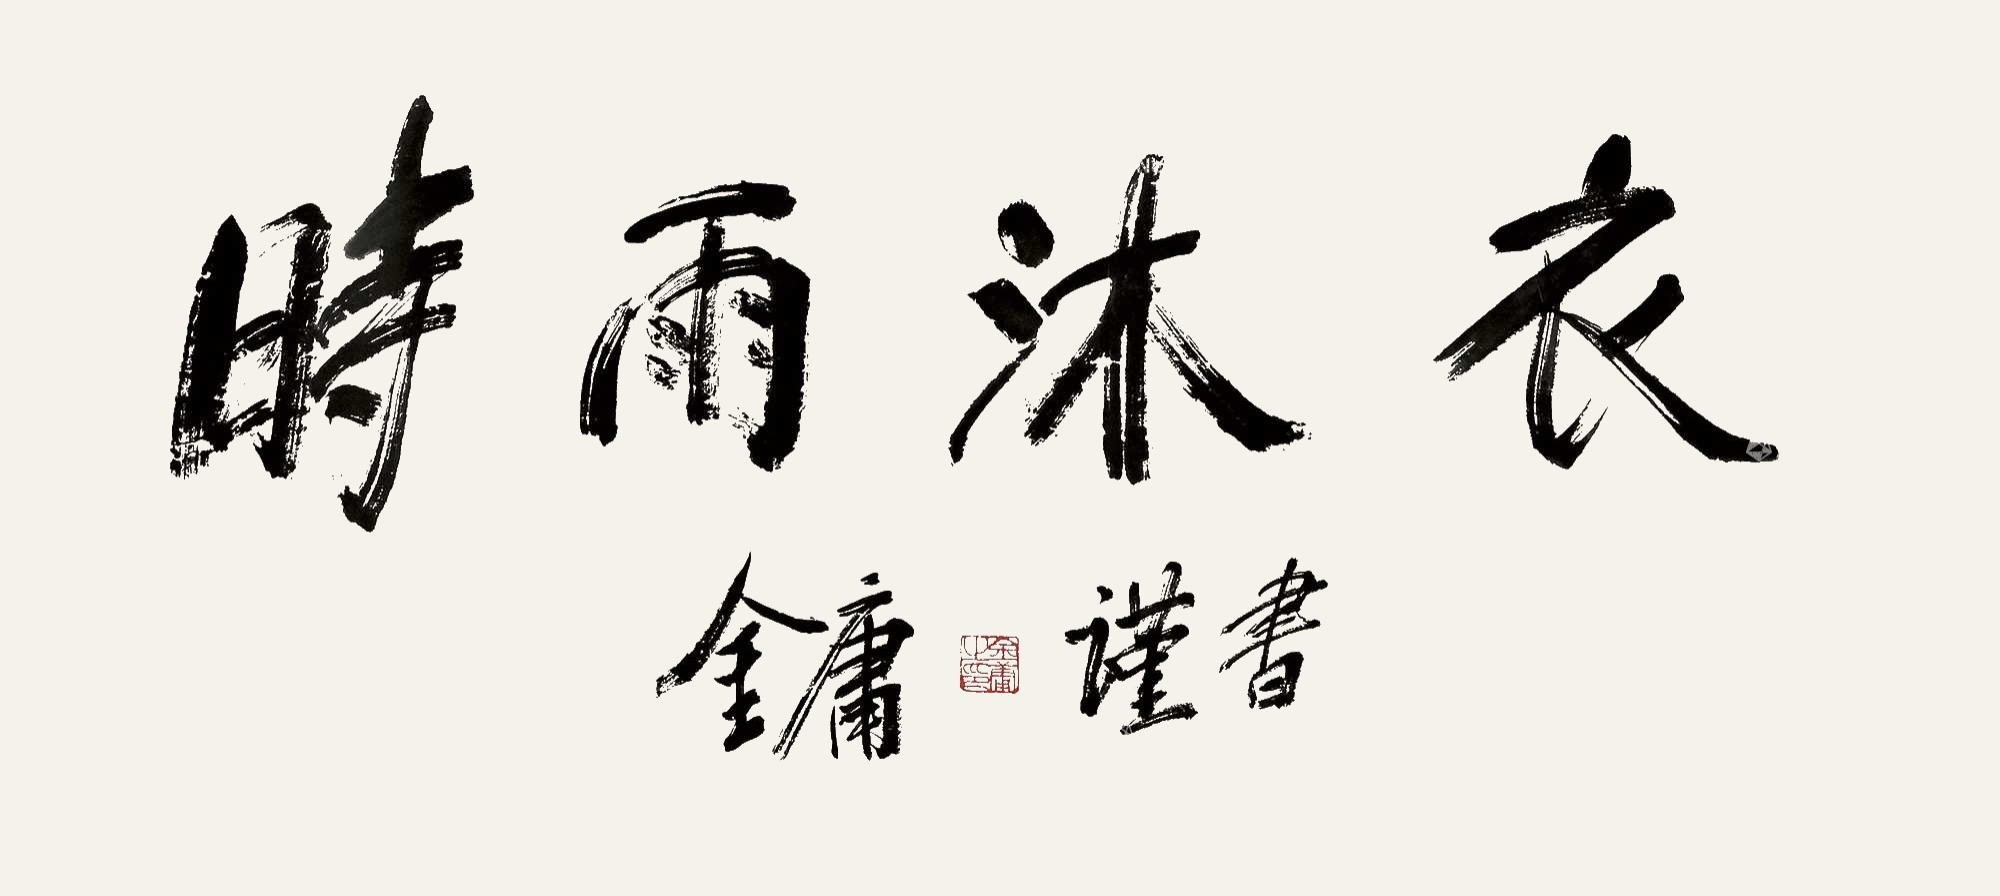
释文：金庸谨书。金庸之印